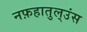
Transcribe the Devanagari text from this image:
नफ़हातुल्उंस